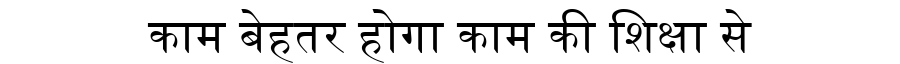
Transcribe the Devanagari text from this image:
काम बेहतर होगा काम की शिक्षा से